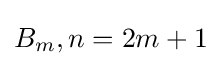
B_{m},n=2m+1